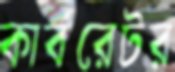
কার্বরেটর